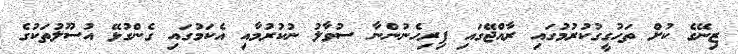
ޒިނޭގެ ކުށް ތަހުގީގުކުރުމުގައި ރާއްޖޭގައި ފިރިހެނުންނާ ސުވާލު ނުކުރުމާއި އެކަމުގައި ގެންގުޅޭ އުސޫލުތަކުގެ